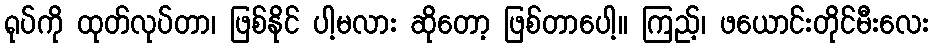
ရုပ်ကို ထုတ်လုပ်တာ၊ ဖြစ်နိုင် ပါ့မလား ဆိုတော့ ဖြစ်တာပေါ့။ ကြည့်၊ ဖယောင်းတိုင်မီးလေး